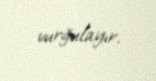
vurğulayır.